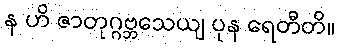
န ဟိ ဇာတုဂ္ဂဗ္ဘသေယျ ပုန ရေတီတိ။